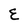
Character: E